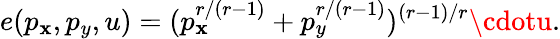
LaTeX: e(p_{\mathbf{x}},p_{y},u)=(p_{\mathbf{x}}^{r/(r-1)}+p_{y}^{r/(r-1)})^{(r-1)/r}\cdotu.